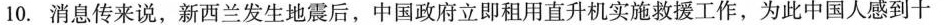
10.消息传来说，新西兰发生地震后，中国政府立即租用直升机实施救援工作，为此中国人感到十